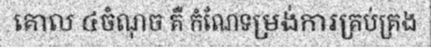
គោល ៤ចំណុច គឺ កំណែទម្រង់ការគ្រប់គ្រង